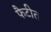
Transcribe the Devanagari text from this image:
फैटीत